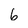
Character: 6